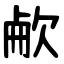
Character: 欳